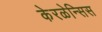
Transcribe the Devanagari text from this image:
केरळेन्सिस